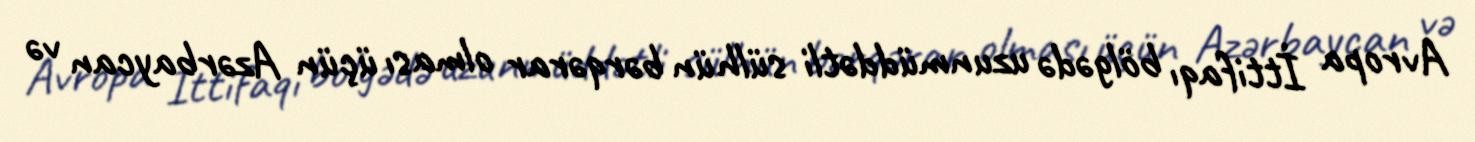
Avropa İttifaqı bölgədə uzunmüddətli sülhün bərqərar olması üçün Azərbaycan və